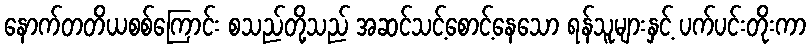
နောက်တတိယစစ်ကြောင်း စသည်တို့သည် အဆင်သင့်စောင့်နေသော ရန်သူများနှင့် ပက်ပင်းတိုးကာ